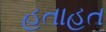
હતાહત